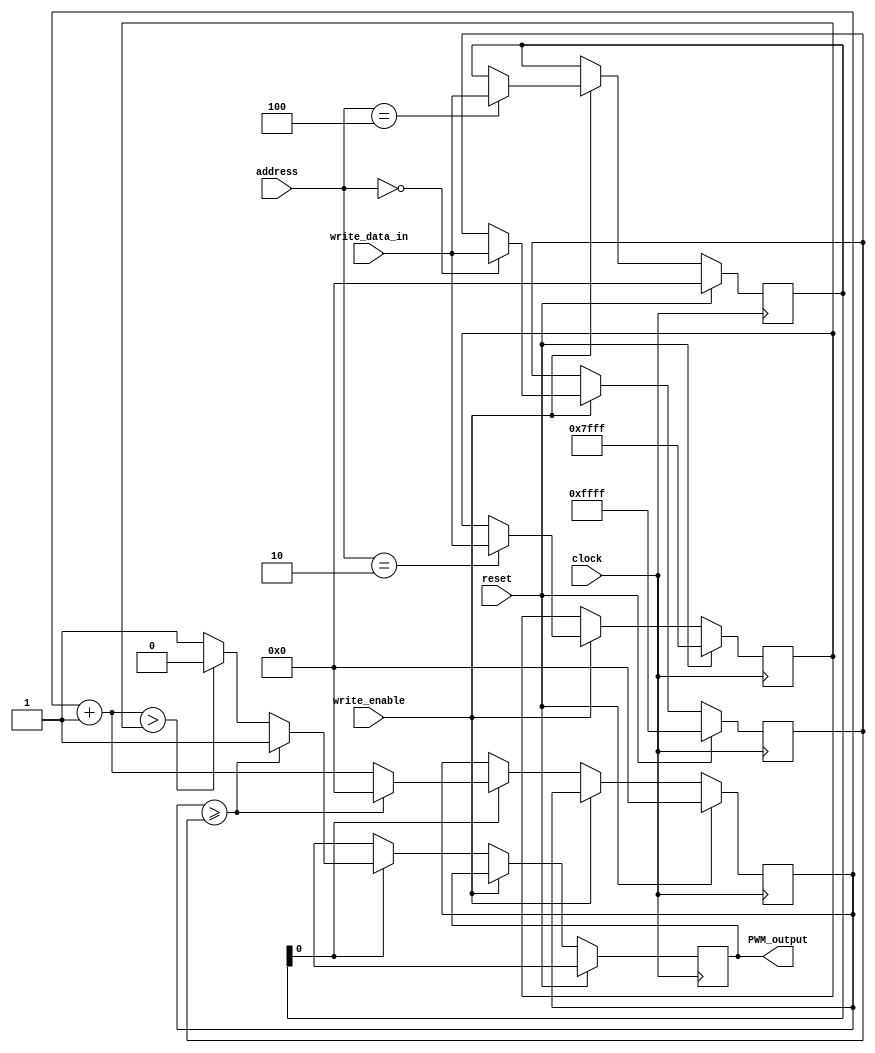
`timescale 1ns / 1ps
//////////////////////////////////////////////////////////////////////////////////
// Company: 
// Engineer: 
// 
// Design Name: 
// Module Name: PWM
// Project Name: 
// Target Devices: 
// Tool Versions: 
// Description: 
// 
// Dependencies: 
// 
// Revision:
// Revision 0.01 - File Created
// Additional Comments:
// 
//////////////////////////////////////////////////////////////////////////////////


module PWM(
    input clock,
    input reset,
    input write_enable,//
    input [15:0] write_data_in,
    input [2:0] address,//PWM30/32/34
    output reg PWM_output
    );
    reg [15:0] maximum;     // 0XFFFFFC30
    reg [15:0] threshold;   // 0XFFFFFC32
    reg [15:0] control;     // 0XFFFFFC34
    reg [15:0] counter;     // 
    always @(posedge clock)
        begin
           if (reset == 1) begin
               maximum = 16'hFFFF;// 0XFFFF
               threshold = 16'h7FFF;// 0X7FFF
               counter = 16'h0000;
               control = 16'h0000;
               PWM_output = 1'bx;
           end else if (write_enable) begin
               case (address)
                   3'd0: maximum = write_data_in;
                   3'd2: threshold = write_data_in;
                   3'd4: control = write_data_in;
               endcase
           end else if (control[0] == 1) begin         //,01PWM0
               if (counter >= maximum) begin
                   counter = 16'h0000;
                   PWM_output = 1'b1;
               end else begin
                   counter = counter + 1'b1;
                   if (counter > threshold)
                       PWM_output = 1'b0;
                   else
                       PWM_output = 1'b1;
               end
           end else if(control[0]==0) 
                PWM_output = 1'bx;
       end
endmodule